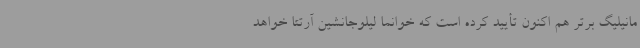
مانیلیگ برتر هم اکنون تأیید کرده است که خوانما لیلوجانشین آرتتا خواهد